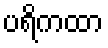
ပရိကထာ